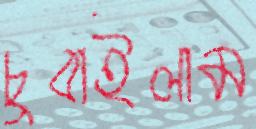
চুবাইলাম